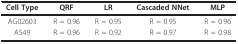
<table><thead><tr><td><b>Cell Type</b></td><td><b>QRF</b></td><td><b>LR</b></td><td><b>Cascaded NNet</b></td><td><b>MLP</b></td></tr></thead><tbody><tr><td>AG02603</td><td>R = 0.96</td><td>R = 0.95</td><td>R = 0.95</td><td>R = 0.96</td></tr><tr><td>A549</td><td>R = 0.96</td><td>R = 0.92</td><td>R = 0.97</td><td>R = 0.98</td></tr></tbody></table>